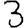
Digit: 3